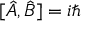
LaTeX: [ { \hat { A } } , { \hat { B } } ] = i \hbar